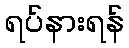
ရပ်နားရန်